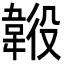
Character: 𩎶